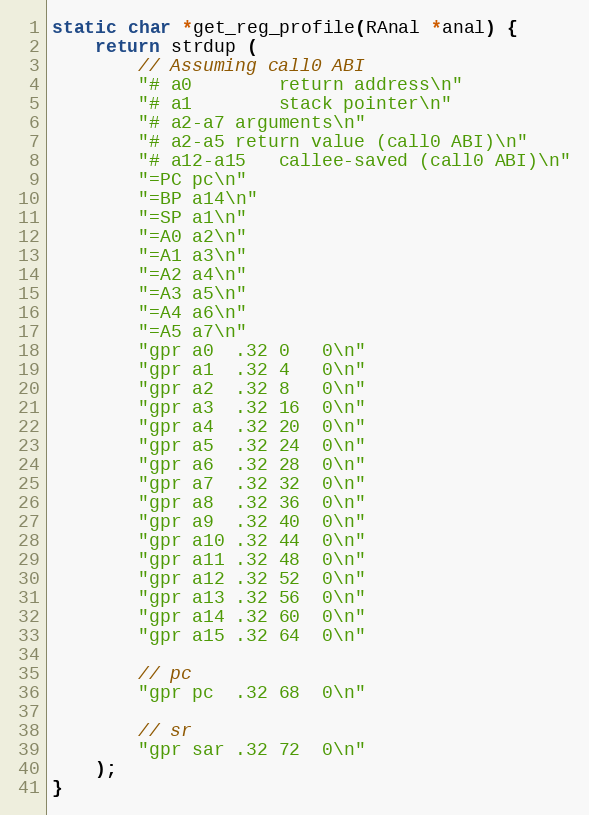
Language: C
static char *get_reg_profile(RAnal *anal) {
	return strdup (
		// Assuming call0 ABI
		"# a0		return address\n"
		"# a1		stack pointer\n"
		"# a2-a7	arguments\n"
		"# a2-a5	return value (call0 ABI)\n"
		"# a12-a15	callee-saved (call0 ABI)\n"
		"=PC	pc\n"
		"=BP	a14\n"
		"=SP	a1\n"
		"=A0	a2\n"
		"=A1	a3\n"
		"=A2	a4\n"
		"=A3	a5\n"
		"=A4	a6\n"
		"=A5	a7\n"
		"gpr	a0	.32	0	0\n"
		"gpr	a1	.32	4	0\n"
		"gpr	a2	.32	8	0\n"
		"gpr	a3	.32	16	0\n"
		"gpr	a4	.32	20	0\n"
		"gpr	a5	.32	24	0\n"
		"gpr	a6	.32	28	0\n"
		"gpr	a7	.32	32	0\n"
		"gpr	a8	.32	36	0\n"
		"gpr	a9	.32	40	0\n"
		"gpr	a10	.32	44	0\n"
		"gpr	a11	.32	48	0\n"
		"gpr	a12	.32	52	0\n"
		"gpr	a13	.32	56	0\n"
		"gpr	a14	.32	60	0\n"
		"gpr	a15	.32	64	0\n"

		// pc
		"gpr	pc	.32	68	0\n"

		// sr
		"gpr	sar	.32	72	0\n"
	);
}